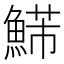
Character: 𩹩